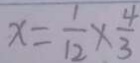
x = \frac { 1 } { 1 2 } \times \frac { 4 } { 3 }